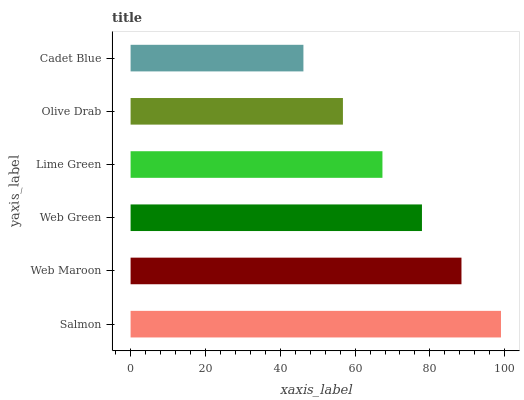
| yaxis_label | bars |
 | --- | --- |
 | Salmon | 99 |
 | Web Maroon | 88.4 |
 | Web Green | 77.9 |
 | Lime Green | 67.3 |
 | Olive Drab | 56.8 |
 | Cadet Blue | 46.2 |